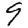
Digit: 9